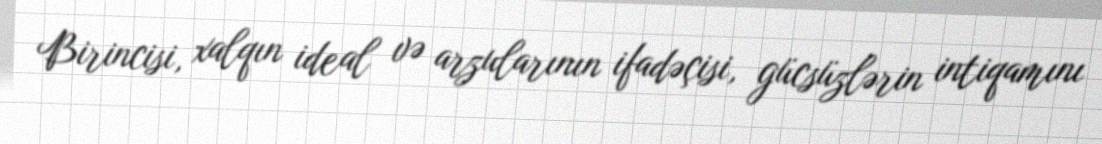
Birincisi, xalqın ideal və arzularının ifadəçisi, gücsüzlərin intiqamını